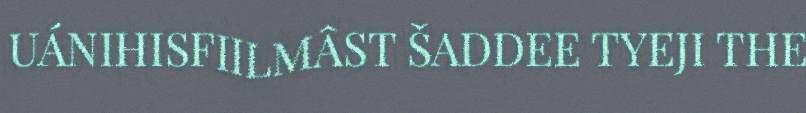
UÁNIHISFIILMÂST ŠADDEE TYEJI THE